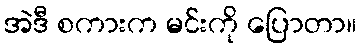
အဲဒီ စကားက မင်းကို ပြောတာ။